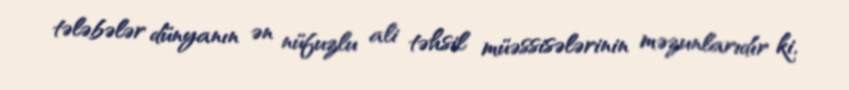
tələbələr dünyanın ən nüfuzlu ali təhsil müəssisələrinin məzunlarıdır ki,